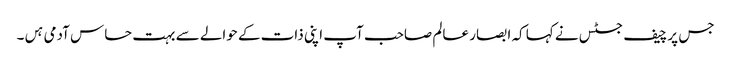
جس پر چیف جسٹس نے کہا کہ ابصار عالم صاحب آپ اپنی ذات کے حوالے سے بہت حساس آدمی ہں۔